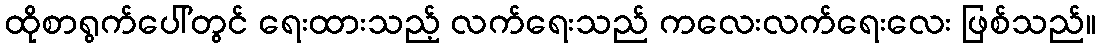
ထိုစာရွက်ပေါ်တွင် ရေးထားသည့် လက်ရေးသည် ကလေးလက်ရေးလေး ဖြစ်သည်။